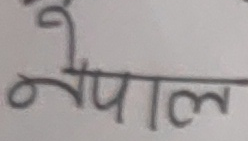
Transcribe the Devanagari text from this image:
नेपाल